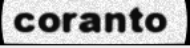
coranto